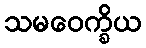
သမဝေက္ခိယ